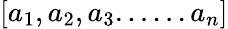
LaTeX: [{a_{1}},{a_{2}},{a_{3}}......{a_{n}}]